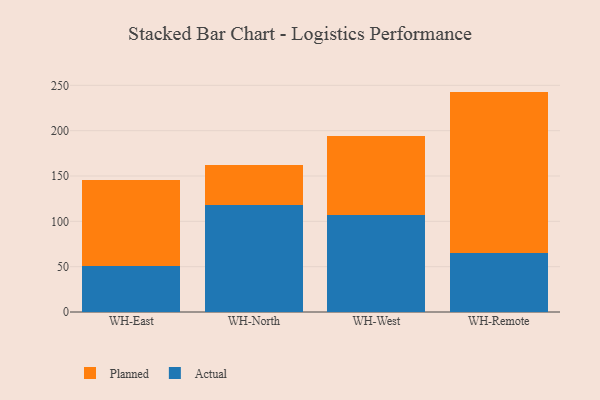
{"axis": {"x": "Warehouse", "y": "Satisfaction Score"}, "legend": ["Actual", "Planned"], "data": [{"x": "WH-East", "y": 50.5, "type": "Actual"}, {"x": "WH-East", "y": 95.0, "type": "Planned"}, {"x": "WH-North", "y": 118.1, "type": "Actual"}, {"x": "WH-North", "y": 44.0, "type": "Planned"}, {"x": "WH-West", "y": 107.5, "type": "Actual"}, {"x": "WH-West", "y": 87.0, "type": "Planned"}, {"x": "WH-Remote", "y": 65.6, "type": "Actual"}, {"x": "WH-Remote", "y": 177.5, "type": "Planned"}]}